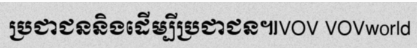
ប្រជាជននិងដើម្បីប្រជាជន៕VOV VOVworld